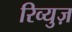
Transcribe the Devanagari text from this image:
रिव्युज़